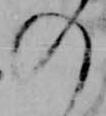
の